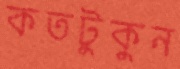
কতটুকুন